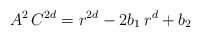
\begin{align*}A^{2}\,C^{2d}=r^{2d}-2b_{1}\,r^{d}+b_{2} \end{align*}